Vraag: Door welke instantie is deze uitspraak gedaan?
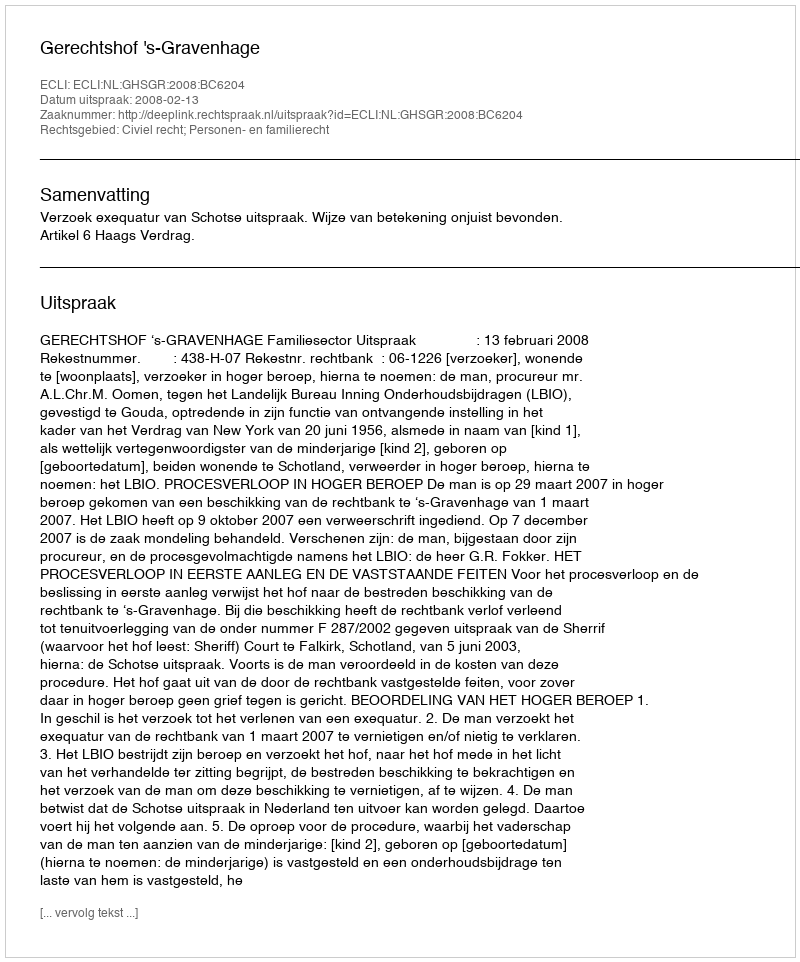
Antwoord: Gerechtshof 's-Gravenhage